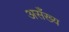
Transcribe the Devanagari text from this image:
असँख्य